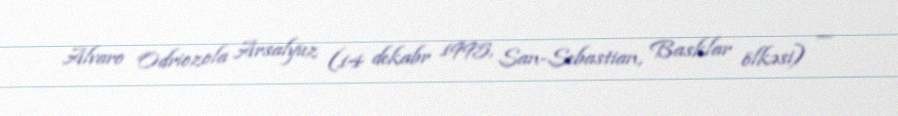
Alvaro Odriozola Arsalyuz (14 dekabr 1995, San-Sebastian, Basklar ölkəsi) —